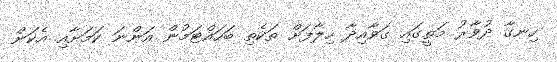
ހިނގާ ދުވާރު މަތީގައި ގަވާއިދާ ހިލާފަށް ތަކެތި ބަހައްޓަމުން އަންނަ ކަމަށާއި އެކަން